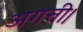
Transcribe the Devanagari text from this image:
अगत्ती।